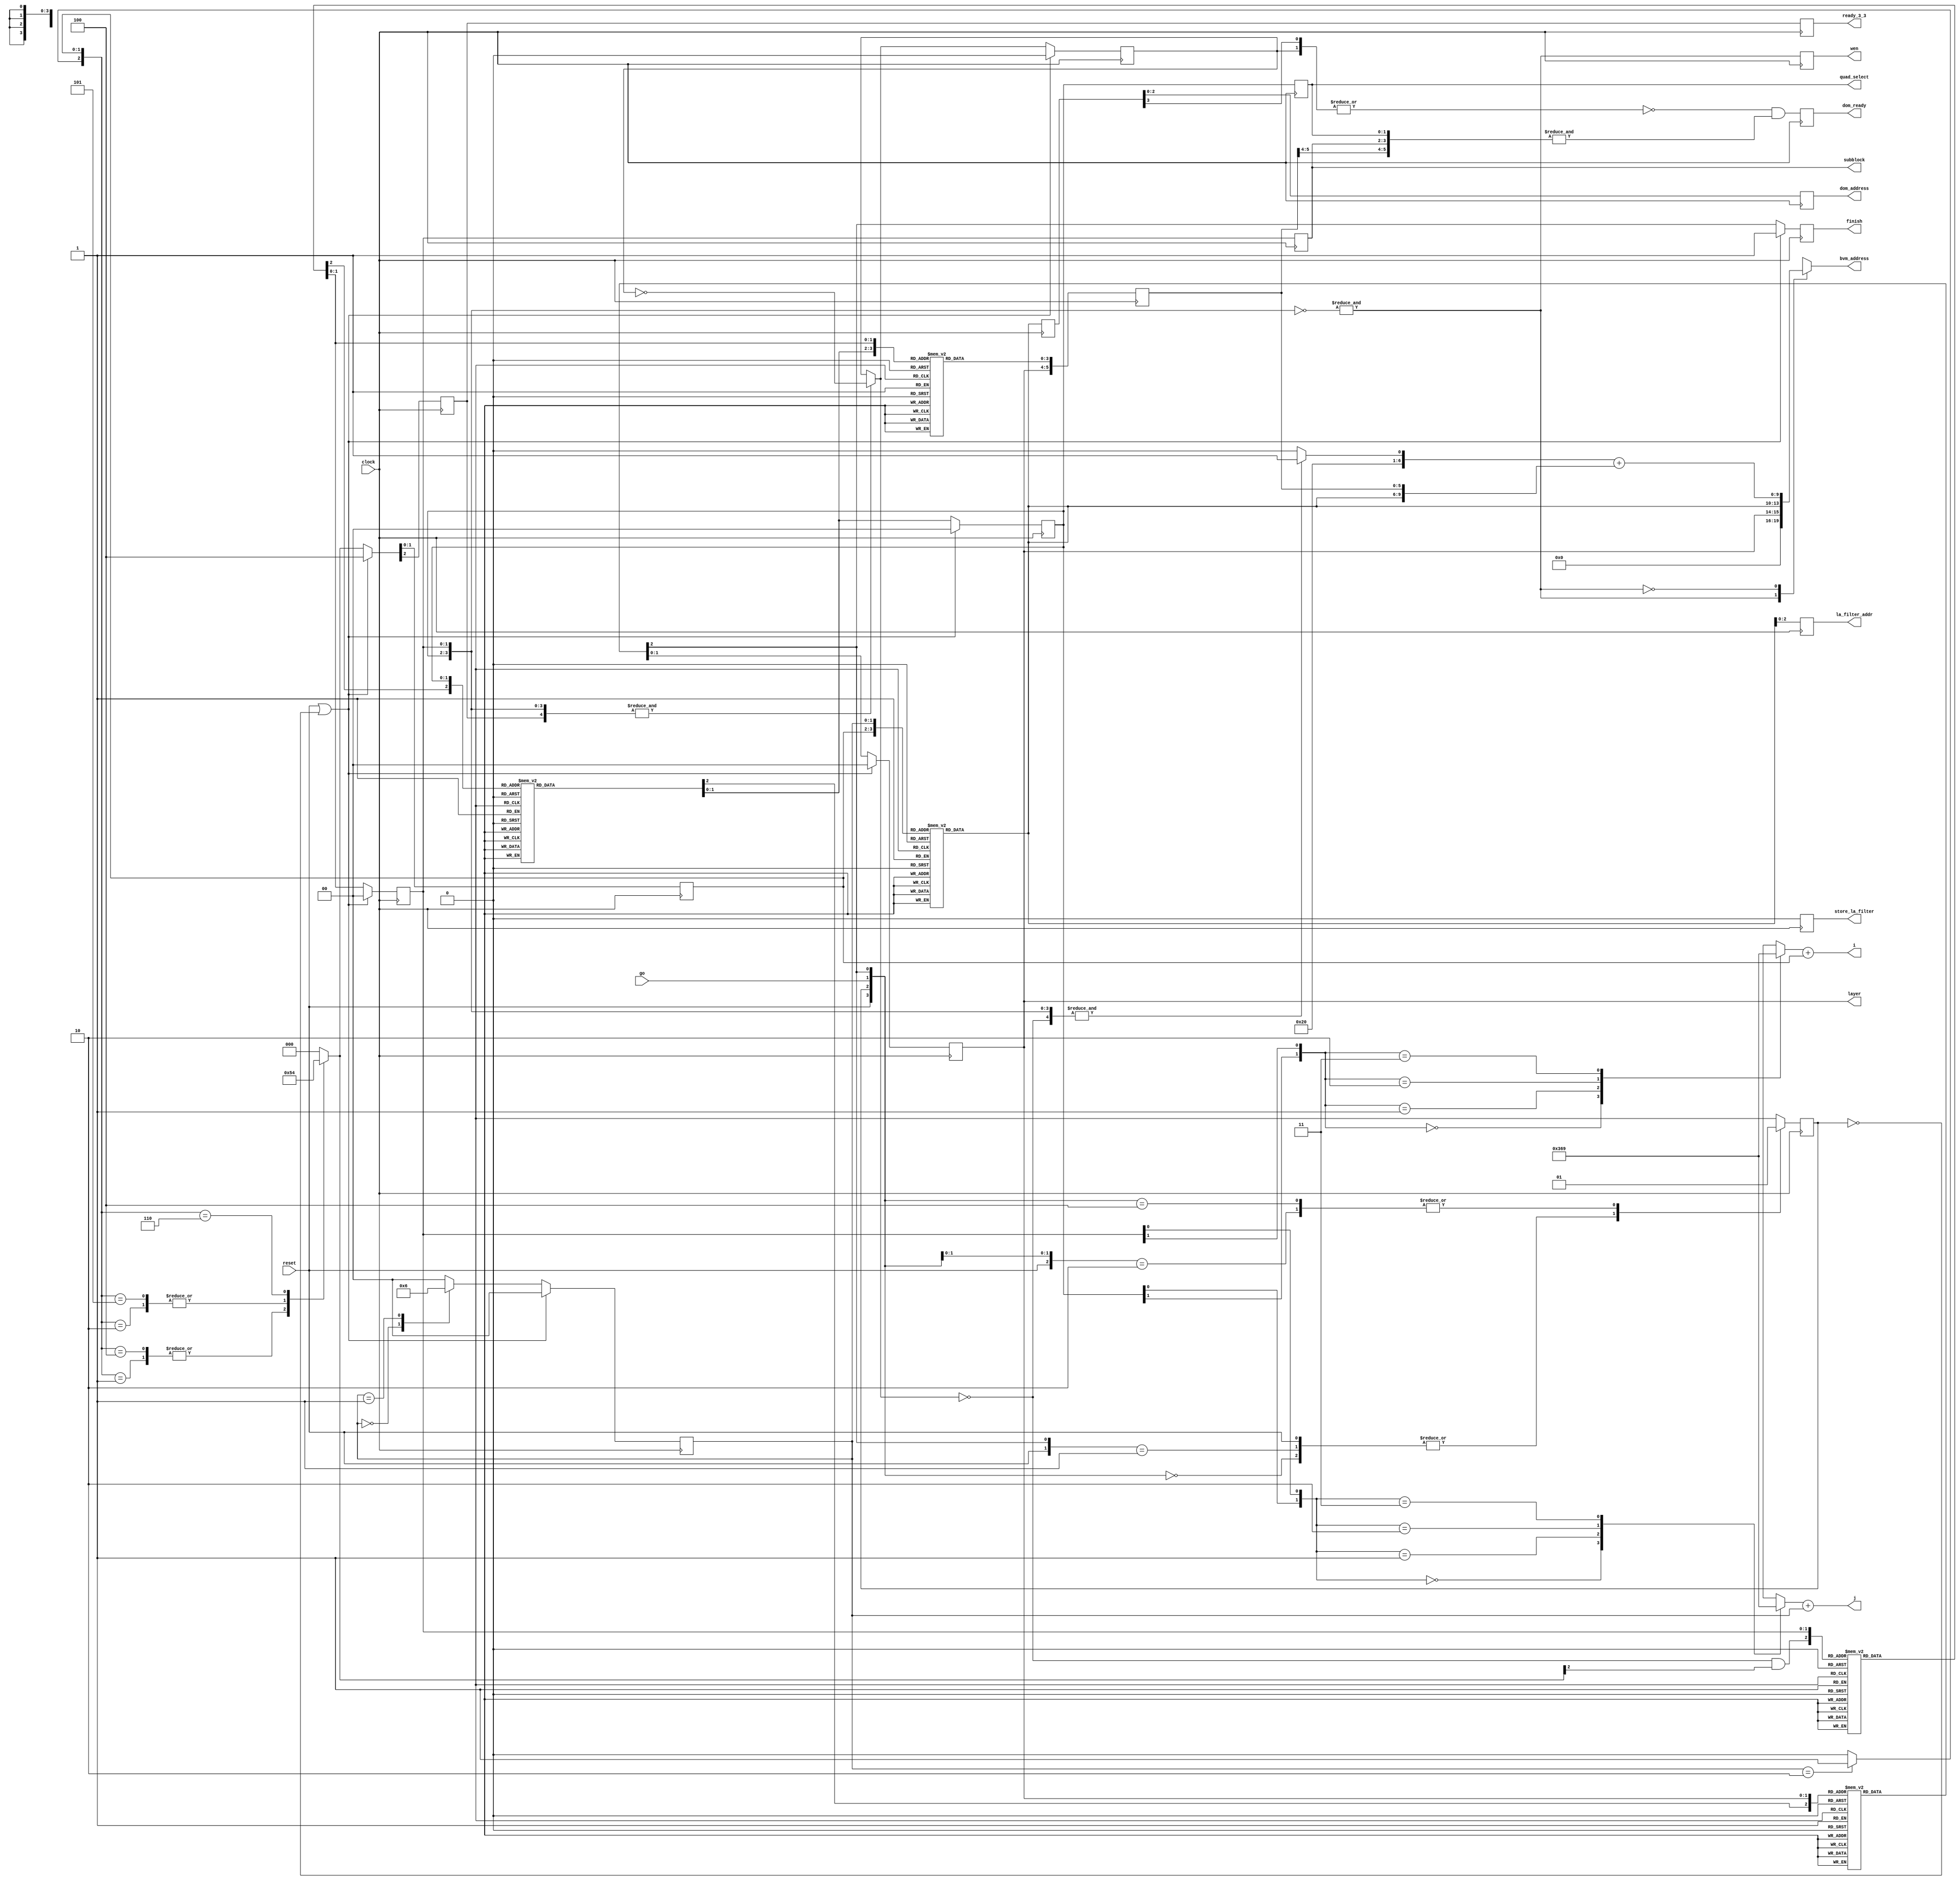
/*H**********************************************************************
* DESCRIPTION :       Control logic for entire CNN project. Includes address
*                     generation, control signals
*
*
* CHANGES :
*
*H***********************************************************************/

module controller( 
   input  wire       clock,         // Posedge sampling event
   input  wire       reset,         // Synchronous active high
   input  wire       go,
   output reg        finish,
   output wire [3:0] i,             // Pixel address
   output wire [3:0] j,             // Pixel address
   output reg  [1:0] layer,         // Filter address
   output reg  [2:0] dom_address,   // dom address runs one clock delayed as compared to others as it is write. add a FF
   output reg        dom_ready,
   output reg        wen,           // Storing/Using filter in/from register file *only*. 1 => store, 0 => retrieve
   output reg  [1:0] quad_select,   // Control signal for 4 modules on each quadrant
   output reg  [9:0] bvm_address,
   output reg        ready_3_3,     // Marks completion of a 3x3 unit
   output reg        store_la_filter,
   output reg  [2:0] la_filter_addr,
   output reg  [1:0] subblock //TODO
); //{

// Architecture selector
// 0 => simple         : Gives all outputs in 12*12 + 36 cycles
// 1 => max_throughput : Adds an SISO which stores m vectors in last 8 dummy
//                       cycles. Gives 1st output in 12*12 + 8 cycles then
//                       subsequent ones in 12*12 cycles at the cost of
//                       9 16bit registers

// synopsys template
parameter ARCH_SELECTOR = 0;

//----------------------- INTERNAL SIGNALS BEGINS -----------------------------
// Registers 
reg        inc_sub_quad_row;
reg  [1:0] sub_quad_select;
reg  [1:0] sub_quad_col, next_quad_col;
reg  [1:0] sub_quad_row;
reg  [1:0] quad_select_int;
reg        new_3b;
reg  [5:0] step2_idx;
reg  [3:0] next_step2_idx_lower_nibble;

// Async logic variables
reg  [2:0] next_quad_row;
reg  [2:0] next_sub_quad_select;
reg  [2:0] next_quad_select;
reg  [2:0] next_layer;
reg  [3:0] partial_i, partial_j;
wire       wen_next;
wire       store_look_ahead_filter;
wire [2:0] look_ahead_filter_addr;
reg  [2:0] look_ahead_filter_addr_plus_one;
reg  [3:0] step;
reg  [3:0] step_reg;
reg  [5:0] look_ahead_lower_addr;
reg        next_process_started, process_started;

// Signals specifically to incorporate arch0
wire       arch0_add_skip_next;
reg        arch0_add_skip;
reg        next_sub_quad_overflow;
//----------------------- INTERNAL SIGNALS ENDS -------------------------------

// i,j index vars to be fed as address
// They need not be registerd as they will directly get attached
// to a reg on the module instantiating controller
// Adders for 1, j are required
assign i                       = partial_i + {2'b00, sub_quad_row};
assign j                       = partial_j + {2'b00, sub_quad_col};
assign wen_next                = &(~{quad_select_int, sub_quad_select});

generate
   if     ( ARCH_SELECTOR == 0 ) begin : gen_look_ahead_add_skip_1 //{
      assign store_look_ahead_filter = 1'b0;
      assign arch0_add_skip_next     = ( &{new_3b, sub_quad_select[1:0], quad_select_int[1:0]} ) ? ~arch0_add_skip : arch0_add_skip;
   end //}
   else if( ARCH_SELECTOR == 1 ) begin : gen_look_ahead_add_skip_2 //{
      assign store_look_ahead_filter = quad_select_int[1] & next_quad_row[2];
      assign arch0_add_skip_next     = 1'b0;
   end //}
endgenerate


assign look_ahead_filter_addr  = {quad_select_int[0], sub_quad_select};

//---------------------------- SYNC LOGIC BEGINS ------------------------------
always@( posedge clock ) begin //{
   if( reset | ~process_started ) begin //{
      quad_select_int         <= 0;
      sub_quad_select         <= 0;
      sub_quad_col            <= 0;
      {new_3b, sub_quad_row}  <= 3'b100;
      layer                   <= 0;
      finish                  <= 1;
      arch0_add_skip          <= 0;
   end //}
   else begin //{
      // Following signals are synced with i, j or address calculating logic
      // Since address calculating logic runs ahead of time, the following
      // need not be delayed
      sub_quad_col            <= next_quad_col;
      {new_3b, sub_quad_row}  <= next_quad_row;
      sub_quad_select         <= next_sub_quad_select[1:0];
      next_sub_quad_overflow  <= next_sub_quad_select[2];
      layer                   <= next_layer[1:0];
      quad_select_int         <= next_quad_select[1:0];
      finish                  <= next_layer[2];
      arch0_add_skip          <= arch0_add_skip_next;
   end //}


end //}

// Interface signals
// Since these signals are calculated using address, they need to be
// delayed by one clock for the read cycle synchronization
// NOTE: the following signals have to be calculated using FF outputs
// not async outputs to maintain synchronization
// TODO: Optimize
// Values that are derived must be added to non-resettable FF as they take up
// less space
always@(posedge clock) begin //{
   quad_select         <= quad_select_int;
   wen                 <= wen_next;
   ready_3_3           <= new_3b;
   la_filter_addr      <= store_look_ahead_filter ? look_ahead_filter_addr : step;
   store_la_filter     <= store_look_ahead_filter;
   subblock            <= sub_quad_select;
   step2_idx           <= {layer, next_step2_idx_lower_nibble};
   process_started     <= next_process_started;
   step_reg            <= step;
   dom_address         <= step_reg[2:0];
   // Write to output only when its ready i.e., at the very last 8 clocks.
   // Additionally write only 0-7 (not 8)
   dom_ready           <= ~|{step_reg[3], arch0_add_skip} & (&{step2_idx[5:4], quad_select, subblock});
end //}
//---------------------------- SYNC LOGIC ENDS --------------------------------

//---------------------------- COMMON TASKS BEGINS ----------------------------	
// Not using ripple adder as synopsys *might* simplify this further
// TODO: replace with ripple adder and check perf
task add_one_2bit;
   input  [2:0] in_data;
   output [2:0] out_data;
   case( in_data )
      3'b000: out_data = 3'b000;
      3'b001: out_data = 3'b001;
      3'b010: out_data = 3'b010;
      3'b011: out_data = 3'b011;

      3'b100: out_data = 3'b001;
      3'b101: out_data = 3'b010;
      3'b110: out_data = 3'b011;
      3'b111: out_data = 3'b100; // Just for overflow checking
   endcase
endtask	
//---------------------------- COMMON TASKS ENDS ------------------------------	

//---------------------------- ASYNC LOGIC BEGINS -----------------------------
always@(*) begin //{
   case( sub_quad_col ) //{
      2'b00  : begin //{
         next_quad_col    = 1;
         inc_sub_quad_row = 0;
      end //} 

      2'b01  : begin //{
         next_quad_col    = 2;
         inc_sub_quad_row = 0;
      end //} 

      2'b10  : begin //{
         next_quad_col    = 0;
         inc_sub_quad_row = 1;
      end //} 

      default: begin //{
         next_quad_col    = 0;
         inc_sub_quad_row = 0;
      end //} 
   endcase //}
end //}

// Optimized to eliminate multiplier and adder from the following equations
// partial_ij: between {}
// i = { (quad_select_int[0] * 6) + (sub_quad_select[0] * 3) } + sub_quad_row;
// j = { (quad_select_int[1] * 6) + (sub_quad_select[1] * 3) } + sub_quad_col;
task compute_partial_ij;
   input  [1:0] ij_multipliers;
   output [3:0] partial_ij;
   case( ij_multipliers )
      2'b00: partial_ij = 4'd0;
      2'b01: partial_ij = 4'd3;
      2'b10: partial_ij = 4'd6;
      2'b11: partial_ij = 4'd9;
   endcase
endtask

// Add one to row.
// Not using ripple adder as synopsys *might* simplify this further
// TODO: replace with ripple adder and check perf
always@(*) begin //{
   case( {inc_sub_quad_row, sub_quad_row} )
      3'b000 : next_quad_row = 3'b000;
      3'b001 : next_quad_row = 3'b001;
      3'b010 : next_quad_row = 3'b010;

      3'b100 : next_quad_row = 3'b001;
      3'b101 : next_quad_row = 3'b010;
      // Just for overflow checking and marking the completion of 3x3 process
      3'b110 : next_quad_row = 3'b100;

      default: next_quad_row = 3'b000;
   endcase
end //}

// b vector address decoding logic
generate
   if     ( ARCH_SELECTOR == 0 ) begin : gen_b_address_1 //{
      always@(*) begin //{
         casex( {wen_next} )
            1'b1: bvm_address = {4'b0000, layer, step};
            //TODO
            1'b0: bvm_address = ( &{sub_quad_select[1:0], quad_select_int[1:0], ~arch0_add_skip_next} ? 10'h41 : 10'h40) + 
                                 {step, step2_idx};
         endcase
      end //}
   end //}
   else if( ARCH_SELECTOR == 1 ) begin : gen_b_address_2 //{
      always@(*) begin //{
         casex( {wen_next, store_look_ahead_filter} )
            2'b10: bvm_address = {4'b0000, layer, step};
            //TODO
            2'b00: bvm_address = 10'h40 + {step, step2_idx};
            2'bx1: bvm_address = 10'h40 + {1'b0, look_ahead_filter_addr, look_ahead_lower_addr};
         endcase
      end //}
   end //}
endgenerate
always@(*) begin //{
   case( layer )
      2'd0 : look_ahead_lower_addr = 6'h0F;
      2'd1 : look_ahead_lower_addr = 6'h1F;
      2'd2 : look_ahead_lower_addr = 6'h2F;
      2'd3 : look_ahead_lower_addr = 6'h3F;
   endcase
end //}

// step2_idx decoder
always@(*) begin //{
   case( {next_quad_select[1:0], next_sub_quad_select[1:0]} )
      4'b00_00: next_step2_idx_lower_nibble = 4'hF;
      4'b00_01: next_step2_idx_lower_nibble = 4'h0;
      4'b00_10: next_step2_idx_lower_nibble = 4'h1;
      4'b00_11: next_step2_idx_lower_nibble = 4'h4;

      4'b01_00: next_step2_idx_lower_nibble = 4'h5;
      4'b01_01: next_step2_idx_lower_nibble = 4'h2;
      4'b01_10: next_step2_idx_lower_nibble = 4'h3;
      4'b01_11: next_step2_idx_lower_nibble = 4'h6;

      4'b10_00: next_step2_idx_lower_nibble = 4'h7;
      4'b10_01: next_step2_idx_lower_nibble = 4'h8;
      4'b10_10: next_step2_idx_lower_nibble = 4'h9;
      4'b10_11: next_step2_idx_lower_nibble = 4'hC;

      4'b11_00: next_step2_idx_lower_nibble = 4'hD;
      4'b11_01: next_step2_idx_lower_nibble = 4'hA;
      4'b11_10: next_step2_idx_lower_nibble = 4'hB;
      4'b11_11: next_step2_idx_lower_nibble = 4'hE;
   endcase
end //}

// Custom logic instead of ripple adder might save some space
always@(*) begin //{
   case( look_ahead_filter_addr )
      3'b000: look_ahead_filter_addr_plus_one = 3'b001;
      3'b001: look_ahead_filter_addr_plus_one = 3'b010;
      3'b010: look_ahead_filter_addr_plus_one = 3'b011;
      3'b011: look_ahead_filter_addr_plus_one = 3'b100;
      3'b100: look_ahead_filter_addr_plus_one = 3'b101;
      3'b101: look_ahead_filter_addr_plus_one = 3'b110;
      3'b110: look_ahead_filter_addr_plus_one = 3'b111;
      3'b111: look_ahead_filter_addr_plus_one = 3'b000;
   endcase
end //}

always@(*) begin //{
   casex( {reset, process_started, go, next_layer[2]} )
      4'b0000: next_process_started = 1'b0;
      4'b0xx1: next_process_started = 1'b0;
      4'b1xxx: next_process_started = 1'b0;

      4'b0x10: next_process_started = 1'b1;
      4'b0100: next_process_started = 1'b1;
   endcase
end //}

always@(*)
   add_one_2bit( { ~arch0_add_skip_next & next_quad_row[2], sub_quad_select}, next_sub_quad_select );

// Add one to quad_select_int
always@(*)
   add_one_2bit( { next_sub_quad_select[2], quad_select_int}, next_quad_select );

// Add one to layer
always@(*)
   add_one_2bit( {next_quad_select[2], layer}, next_layer );

// Compute partial i and j
always@(*) begin //{
   compute_partial_ij( {quad_select_int[1], sub_quad_select[1]}, partial_i );
   compute_partial_ij( {quad_select_int[0], sub_quad_select[0]}, partial_j );
end //}

// Compute step
// No need to register as this will go into register instantiating this module
always@(*) begin //{
   case( {sub_quad_row, sub_quad_col} )
      {2'd0, 2'd0} : step = 4'd0; 
      {2'd0, 2'd1} : step = 4'd1; 
      {2'd0, 2'd2} : step = 4'd2; 

      {2'd1, 2'd0} : step = 4'd3; 
      {2'd1, 2'd1} : step = 4'd4; 
      {2'd1, 2'd2} : step = 4'd5; 

      {2'd2, 2'd0} : step = 4'd6; 
      {2'd2, 2'd1} : step = 4'd7; 
      {2'd2, 2'd2} : step = 4'd8; 
      default      : step = 4'd0; 
   endcase
end //}
//---------------------------- ASYNC LOGIC ENDS -------------------------------

endmodule //}controller